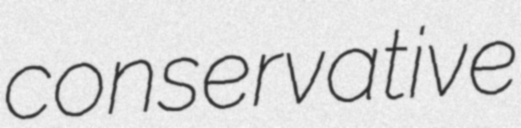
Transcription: conservative